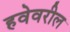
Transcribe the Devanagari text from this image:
हवेवरील